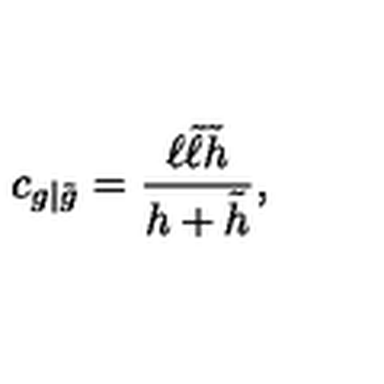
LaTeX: c _ { g | \tilde { g } } = \frac { \ell \tilde { \ell } \tilde { h } } { h + \tilde { h } } ,